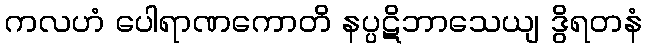
ကလဟံ ပေါရာဏကောတိ နပ္ပဋိဘာသေယျ ဒွိရတနံ